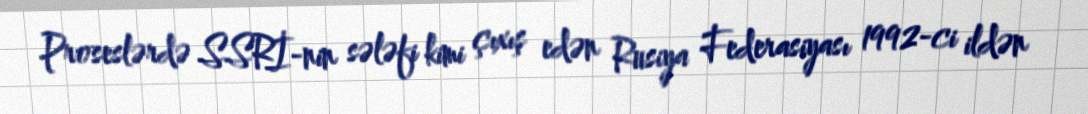
Proseslərdə SSRİ-nin sələfi kimi çıxış edən Rusiya Federasiyası 1992-ci ildən